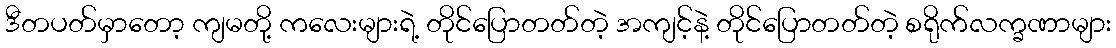
ဒီတပတ်မှာတော့ ကျမတို့ ကလေးများရဲ့ တိုင်ပြောတတ်တဲ့ အကျင့်နဲ့ တိုင်ပြောတတ်တဲ့ စရိုက်လက္ခဏာများ